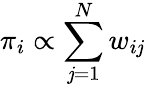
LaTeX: \pi_{i}\propto\sum_{\mathit{j}=1}^{N}w_{i\mathit{j}}